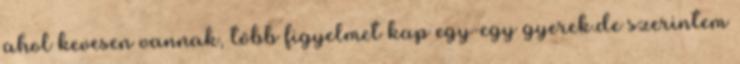
ahol kevesen vannak, több figyelmet kap egy-egy gyerek.de szerintem